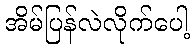
အိမ်ပြန်လဲလိုက်ပေါ့